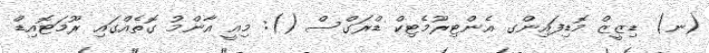
(ނ) ޑިޒީޒް މޮޑިފައިންގ އެންޓިރޫމެޓިކް ޑްރަގްސް (): މިއީ އާންމު ގޮތެއްގައި ރޫމަޓޮއިޑް